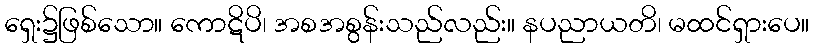
ရှေး၌ဖြစ်သော။ ကောဋိပိ၊ အစအစွန်းသည်လည်း။ နပညာယတိ၊ မထင်ရှားပေ။